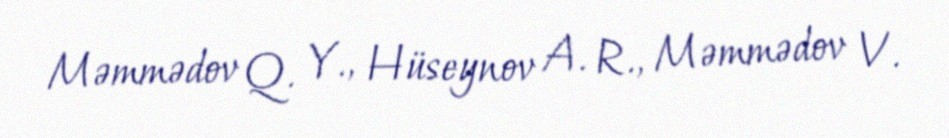
Məmmədov Q. Y., Hüseynov A. R., Məmmədov V.